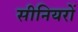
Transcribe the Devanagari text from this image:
सीनियरों